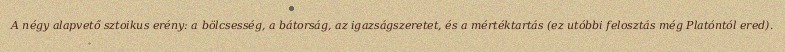
A négy alapvető sztoikus erény: a bölcsesség, a bátorság, az igazságszeretet, és a mértéktartás (ez utóbbi felosztás még Platóntól ered).